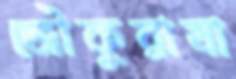
জৌকুরাযা